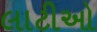
લાટીઓ